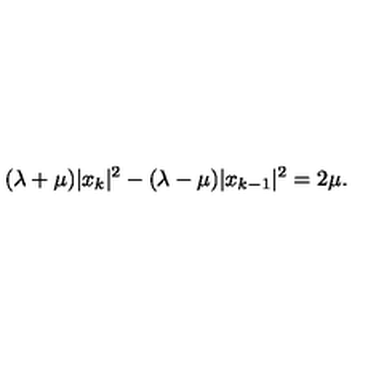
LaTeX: ( \lambda + \mu ) | x _ { k } | ^ { 2 } - ( \lambda - \mu ) | x _ { k - 1 } | ^ { 2 } = 2 \mu .